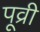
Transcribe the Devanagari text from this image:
पूव्री